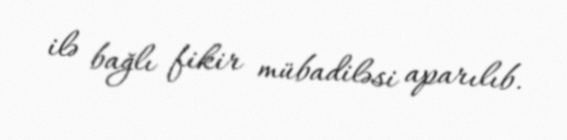
ilə bağlı fikir mübadiləsi aparılıb.